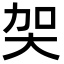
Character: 㚙